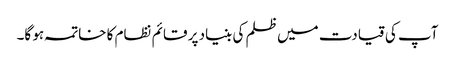
آپ کی قیادت میں ظلم کی بنیاد پر قائم نظام کا خاتمہ ہو گا۔